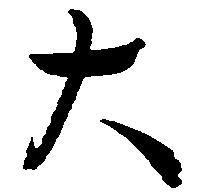
大